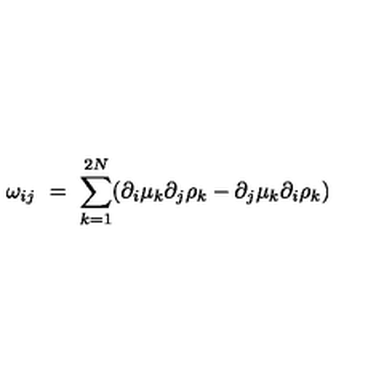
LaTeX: \omega _ { i j } \ = \ \sum _ { k = 1 } ^ { 2 N } ( \partial _ { i } \mu _ { k } \partial _ { j } \rho _ { k } - \partial _ { j } \mu _ { k } \partial _ { i } \rho _ { k } )